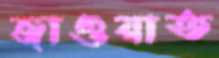
জাওয়াত